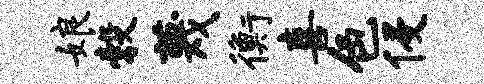
娘彀蔑衡喜色侵